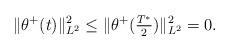
LaTeX: \begin{align*} \|\theta^+(t)\|_{L^2}^2 \leq \|\theta^+(\tfrac{T^*}{2})\|_{L^2}^2=0.\end{align*}